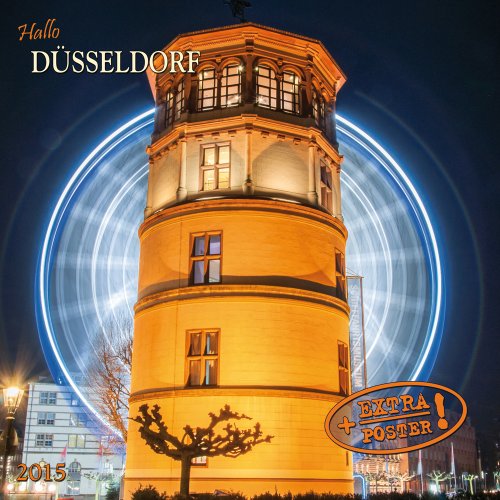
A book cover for DÃ¼sseldorf; Tushita Publishing; Calendars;